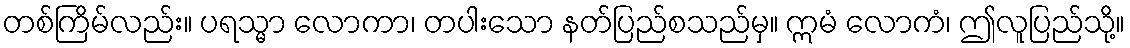
တစ်ကြိမ်လည်း။ ပရသ္မာ လောကာ၊ တပါးသော နတ်ပြည်စသည်မှ။ ဣမံ လောကံ၊ ဤလူပြည်သို့။